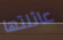
عائلتها